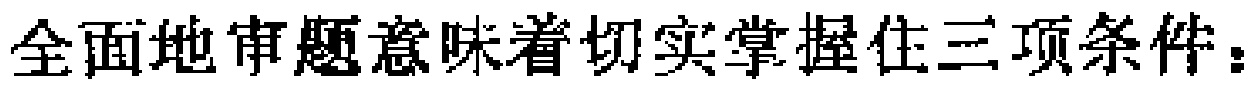
全面地审题意味着切实掌握住三项条件：